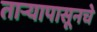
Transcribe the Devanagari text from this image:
तार्‍यापासूनचे